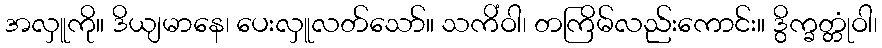
အလှူကို။ ဒိယျမာနေ၊ ပေးလှူလတ်သော်။ သကိံဝါ၊ တကြိမ်လည်းကောင်း။ ဒွိက္ခတ္တုံဝါ၊